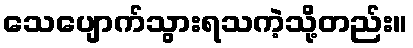
သေပျောက်သွားရသကဲ့သို့တည်း။